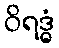
ဝိရဒ္ဓံ